Vital statistics of India. Vol. VI, European troops 1870-79
Year: 1870
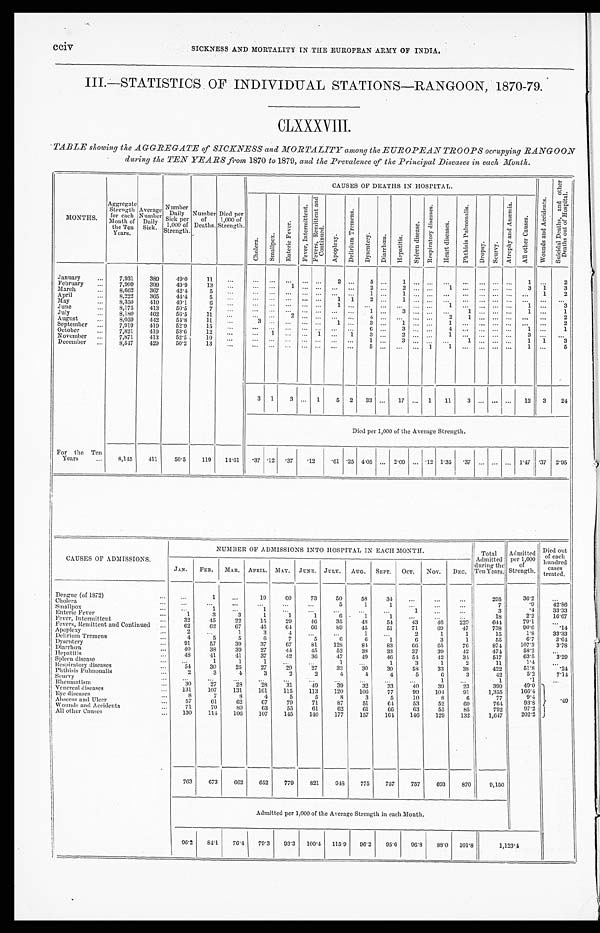
cciv SICKNESS AND MORTALITY IN THE EUROPEAN ARMY OF INDIA.
III.—STATISTICS OF INDIVIDUAL STATIONS—RANGOON, 1870-79.
CLXXXVIII.
TABLE showing the AGGREGATE of SICKNESS and MORTALITY among the EUROPEAN TROOPS occupying RANGOON
during the TEN YEARS from 1870 to 1879, and the Prevalence of the Principal Diseases in each Month.
MONTHS. Ag g r e g a t e S t r e n g t h f o r e a c h Mo n t h o f t h e Te n Ye a r s .
Aver age Number Dai l y Si ck.
Numbe r Da i l y Si c k pe r 1, 000 of St r e ngt h.
Number
of
Deaths.
Died per
1,000 of
Strength.
CAUSES OF DEATHS IN HOSPITAL.
W o u n d s a n d A c c i d e n t s .
S u i c i d a l D e a t h s , a n d o t h e r D e a t h s o u t o f H o s p i t a l .
C h o l e r a .
S ma l l p o x .
E n t e r i c F e v e r .
F e v e r , I n t e r m i t t e n t . F e v e r s , R e m i t t e n t a n d
C o n t i n u e d .
Ap o p l e x y .
D e l i r i u m T r e m e n s .
D y s e n t e r y .
D i a r r h œ a .
H e p a t i t i s .
S p l e e n d i s e a s e .
R e s p i r a t o r y d i s e a s e s .
H e a r t d i s e a s e s .
P h t h i s i s P u l m o n a l i s .
Dr ops y.
Seur vy.
A t r o p h y a n d A n æ m i a .
A l l o t h e r C a u s e s .
January
7 , 9 3 1
3 8 9
4 9 . 0
1 1
. . .
. . .
. . .
. . .
. . .
. . .
2
. . .
5
. . .
1
. . .
. . .
. . .
. . .
. . .
. . .
. . .
1
. . .
2
February
7 , 9 9 9
3 9 9
4 9 . 9
1 3
. . .
. . .
. . .
1
. . .
. . .
. . .
. . .
2
. . .
2
. . .
. . .
1
. . .
. . .
. . .
. . .
3
1
3
March
8 , 6 6 2
3 6 7
4 2 . 4
5
. . .
. . .
. . .
. . .
. . .
. . .
. . .
. . .
1
. . .
1
. . .
. . .
. . .
. . .
. . .
. . . . . .
. . .
1
2
April
8 , 2 2 2
3 6 5
4 4 . 4
5
. . .
. . .
. . .
. . .
. . .
. . .
1
1
2
. . .
1
. . .
. . .
. . .
. . .
. . .
. . .
. . .
. . .
. . .
. . .
May
8 , 3 5 0
4 1 0
4 9 . 1
6
. . .
. . .
. . .
. . .
. . .
. . .
1
. . .
. . .
. . .
. . .
. . .
. . .
1
. . .
. . .
. . .
. . .
1
. . .
3
June
8 , 1 7 5
4 1 3
5 0 . 5
7
. . .
. . .
. . .
. . .
. . .
. . .
. . .
. . .
1
. . .
3
. . .
. . .
. . .
1
. . .
. . .
. . .
1
. . .
1
July
8 , 1 8 0
4 6 2
5 6 . 5
1 1
. . .
. . .
. . .
2
. . .
. . .
. . .
. . .
4
. . .
. . .
. . .
. . .
2
1
. . .
. . .
. . .
. . .
. . .
2
August
8 , 0 5 9
4 4 2
5 4 . 8
1 1
. . .
3
. . .
. . .
. . .
. . .
1
. . .
3
. . .
1
. . .
. . .
1
. . .
. . .
. . .
. . .
. . .
. . .
2
September
7 , 9 1 9
4 1 9
5 2 . 9
1 5
. . .
. . .
. . .
. . .
. . .
. . .
. . .
. . .
6
. . .
3
. . .
. . .
4
. . .
. . .
. . . . . .
1
. . .
1
October
7 , 8 2 1
4 1 9
5 3 . 6
1 2
. . .
. . . 1
. . .
. . .
1
. . .
1
3
. . .
2
. . .
. . .
1
. . .
. . .
. . .
. . .
3
. . .
. . .
November
7 , 8 7 1
4 1 3
5 2 . 5
1 0
. . .
. . . . . .
. . .
. . .
. . .
. . .
. . .
1
. . .
3
. . .
. . .
. . .
1
. . .
. . .
. . .
1
1
3
December
8 , 5 4 7
4 2 9
5 0 . 2
1 3
. . .
. . .
. . .
. . .
. . .
. . .
. . .
. . .
5
. . .
. . .
. . .
1
1
. . .
. . .
. . .
. . .
1
. . .
5
3
1
3
. . .
1
5
2
3 3 . . .
1 7
. . .
1
1 1
3
. . .
. . .
. . .
1 2
3
2 4
Died per 1,000 of the Average Strength.
For the Ten
Years
8 , 1 4 5
4 1 1
5 0 . 5
1 1 9
1 4 . 6 1
. 3 7
. 1 2
. 3 7
. 1 2
. 6 1
. 2 5
4 . 0 5 . . .
2 . 0 9
. . .
. 1 2
1 . 3 5
. 3 7
. . .
. . .
. . .
1 . 4 7
. 3 7
2 . 9 5
CAUSES OF ADMISSIONS.
NUMBER OFADMISSIONS INTO HOSPITAL IN EACH MONTH.
T o t a l
A d m i t t e d
d u r i n g t h e
T e n Y e a r s .
A d m i t t e d
p e r 1 , 0 0 0
o f
S t r e n g t h .
Died out
of each
hundred cases treated.
JAN.
FEB. MAR. APRIL. MAY. JUNE. JULY. AUG. SEPT. OCT.
NOV. DEC.
Dengue (of 1872)
. . .
1
. . .
1 9
6 0
7 3
5 0
5 8
3 4
. . .
. . .
. . .
2 9 5
3 6 . 2
. . .
Cholera
. . .
. . .
. . .
. . .
. . .
. . .
5
1
1
. . .
. . .
. . .
7
. 94
2 . 8 6
Smallpox
. . .
1
. . .
1 . . .
. . .
. . .
. . .
. . .
1
. . .
. . .
3
. 43
3 . 3 3
Enteric Fever
1
3
3
1 1
1
6
1
1
. . .
. . .
. . .
1 8
2 . 2
1 6 . 6 7
Fever, Intermittent
3 2
4 5
2 2
1 5
2 9
4 6
3 5
4 8
5 4
4 3
4 6
2 2 9
6 4 4
7 9 . 1
. . .
Fevers, Remittent and Continued
6 2
6 2
6 7
4 5
6 4
6 6
8 9
4 5
5 1
7 1
6 9
4 7
7 3 8
9 0 . 6
. 1 4
Apoplexy
2
. . .
1
3 4
. . .
. . .
1
. . .
2
1
1
1 5
1 . 8
3 3 . 3 3
Delirium Tremens.
4
5
5
6 7
5
6
6
1
6
3
1
5 5
6 . 7
3 . 6 4
Dysentery
9 1
5 7
3 9
3 7
6 7
8 1
1 2 8
8 4
8 3
6 6
6 5
7 6
8 7 4
1 0 7 . 3
3 . 7 8
Diarrhœa
4 0
3 8
3 9
2 7
4 4
4 5
5 2
3 8
3 3
3 7
3 9
4 2
4 7 4
5 8 . 2
. . .
Hepatitis
4 8
4 1
4 1
3 7
4 2
3 6
4 7
4 9
4 6
5 4
4 2
3 4
5 1 7
6 3 . 5
3 . 2 9
Spleen disease
. . .
1
1
1 . . .
. . .
1
. . .
1
3
1
2
1 1
1 . 4
. . .
Respiratory diseases
5 4
3 0
2 5
2 7
2 9
2 7
3 2
3 0
3 9
5 8
3 3
3 8
4 2 2
5 1 . 8
. 2 4
Phthisis Pumonalis
2
3
4
3 2
2
4
4
4
5
6
3
4 2
5 . 2
7 . 1 4
Seurvy
. . .
. . .
. . .
. . .
. . .
. . .
. . .
. . .
. . .
. . .
1
. . .
1
. 1
. . .
Rheumatism
3 0
2 7
2 8
2 8 3 1
4 9
3 9
3 2
3 3
4 0
3 9
2 3
3 9 9
4 9 . 0
. 4 9
Venereal diseases
1 3 1
1 0 7
1 3 1
1 6 1
1 1 5
1 1 3
1 2 0
1 0 6
7 7
9 9
1 0 4
9 1
1 , 3 5 5
1 6 6 . 4
Eye diseases
8
7
8
4 5
5
8
3
5
1 0
8
6
7 7
9 . 4
Abscess and Ulcer
5 7
6 1
6 2
6 7 7 9
7 1
8 7
5 1
6 4
5 3
5 2
6 0
7 6 4
9 3 . 8
Wounds and Accidents
7 1
7 0
8 0
6 3 5 5
6 1
6 2
6 1
6 6
6 3
5 5
8 5
7 9 2
9 7 . 2
All other Causes
1 3 0
1 1 4
1 0 6
1 0 7
1 4 5
1 4 0
1 7 7
1 5 7
1 6 4
1 4 6
1 2 9
1 3 2
1 , 6 4 7
2 0 2 . 2
7 6 3
6 7 3
6 6 2
6 5 2
7 7 9
8 2 1
9 4 8
7 7 5
7 5 7
7 5 7
6 9 3
8 7 0
9 , 1 5 0
Admitted per 1,000 of the Average Strength in each Month.
9 6 . 2
8 4 . 1
7 6 . 4
7 9 . 3
9 3 . 3
1 0 0 . 4
1 1 5 . 9
9 6 . 2
9 5 . 6
9 6 . 8
8 8 . 0
1 0 1 . 8
1 , 1 2 3 . 4